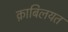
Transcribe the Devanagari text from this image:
क़ाबिलयत